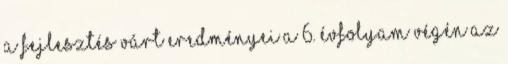
A fejlesztés várt eredményei a 6. évfolyam végén Az